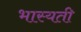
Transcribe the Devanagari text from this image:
भास्यती